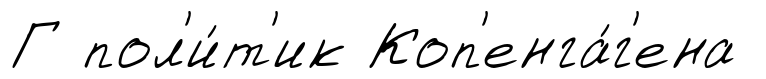
Г пол'и́т'ик Коп'енга́г'ена